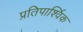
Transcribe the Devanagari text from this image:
प्रतिपार्श्विक